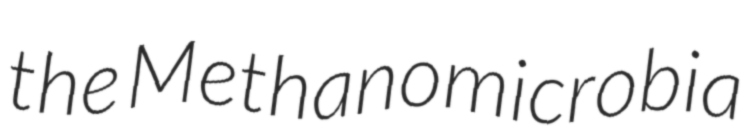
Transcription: the Methanomicrobia